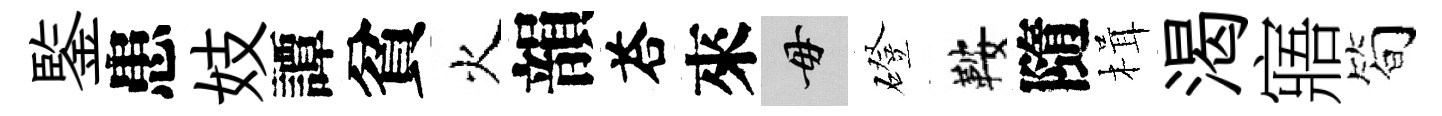
鍳患妓譚貧火韻荅來毋磴鞍隨楫渴寤简